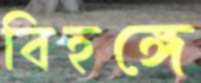
বিহঙ্গে